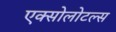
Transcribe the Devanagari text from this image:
एक्सोलोटल्स